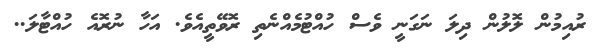
ރުއިމުން ލޮލުން ދިލަ ނަގަނީ ވެސް ހުއްޓުމެއްނެތި ރޮވޭތީއެވެ. އަހާ ނުރޮއެ ހުއްޓާލަ..